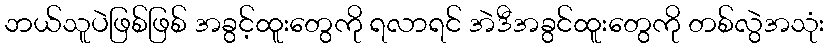
ဘယ်သူပဲဖြစ်ဖြစ် အခွင့်ထူးတွေကို ရလာရင် အဲဒီအခွင်ထူးတွေကို တစ်လွဲအသုံး